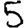
Digit: 5